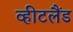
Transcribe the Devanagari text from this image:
व्हीटलैंड